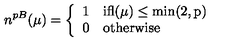
n ^ { p B } ( \mu ) = \left\{ \begin{array} { l l } { 1 } & { \mathrm { i f l ( \mu ) \leq m i n ( 2 , p ) } } \\ { 0 } & { \mathrm { o t h e r w i s e } } \\ \end{array} \right.